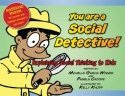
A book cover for You Are a Social Detective; Michelle Garcia Winner; Health, Fitness & Dieting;